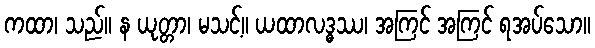
ကထာ၊ သည်။ န ယုတ္တာ၊ မသင့်။ ယထာလဒ္ဓဿ၊ အကြင် အကြင် ရအပ်သော။